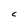
Character: C